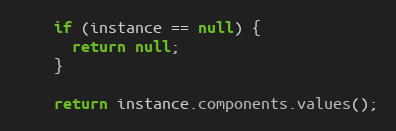
Language: Java
    if (instance == null) {
      return null;
    }

    return instance.components.values();